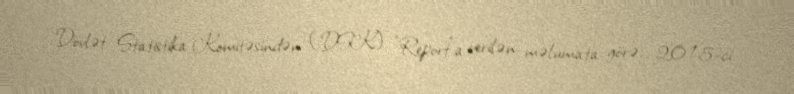
Dövlət Statistika Komitəsindən (DSK) "Report"a verilən məlumata görə, 2015-ci